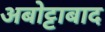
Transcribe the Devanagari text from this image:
अबोट्टाबाद